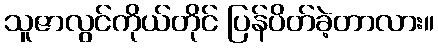
သူဇာလွင်ကိုယ်တိုင် ပြန်ပိတ်ခဲ့တာလား။